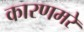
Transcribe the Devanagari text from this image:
कारणमरे